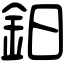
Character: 鈤